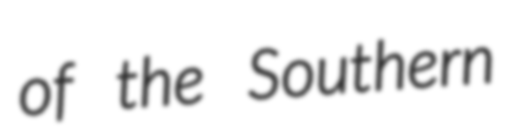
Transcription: of the Southern